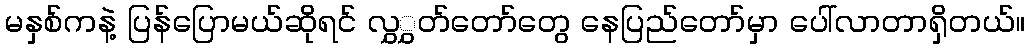
မနှစ်ကနဲ့ ပြန်ပြောမယ်ဆိုရင် လွှွှတ်တော်တွေ နေပြည်တော်မှာ ပေါ်လာတာရှိတယ်။